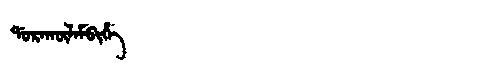
Manchu: ᡩᠣᡵᠠᡴᡡᠯᠠᠮᠪᡳᡥᡝ
Romanization: DORAKŪLAMBIHE